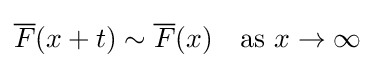
{\overline {F}}(x+t)\sim {\overline {F}}(x)\quad {\mbox{as }}x\to \infty